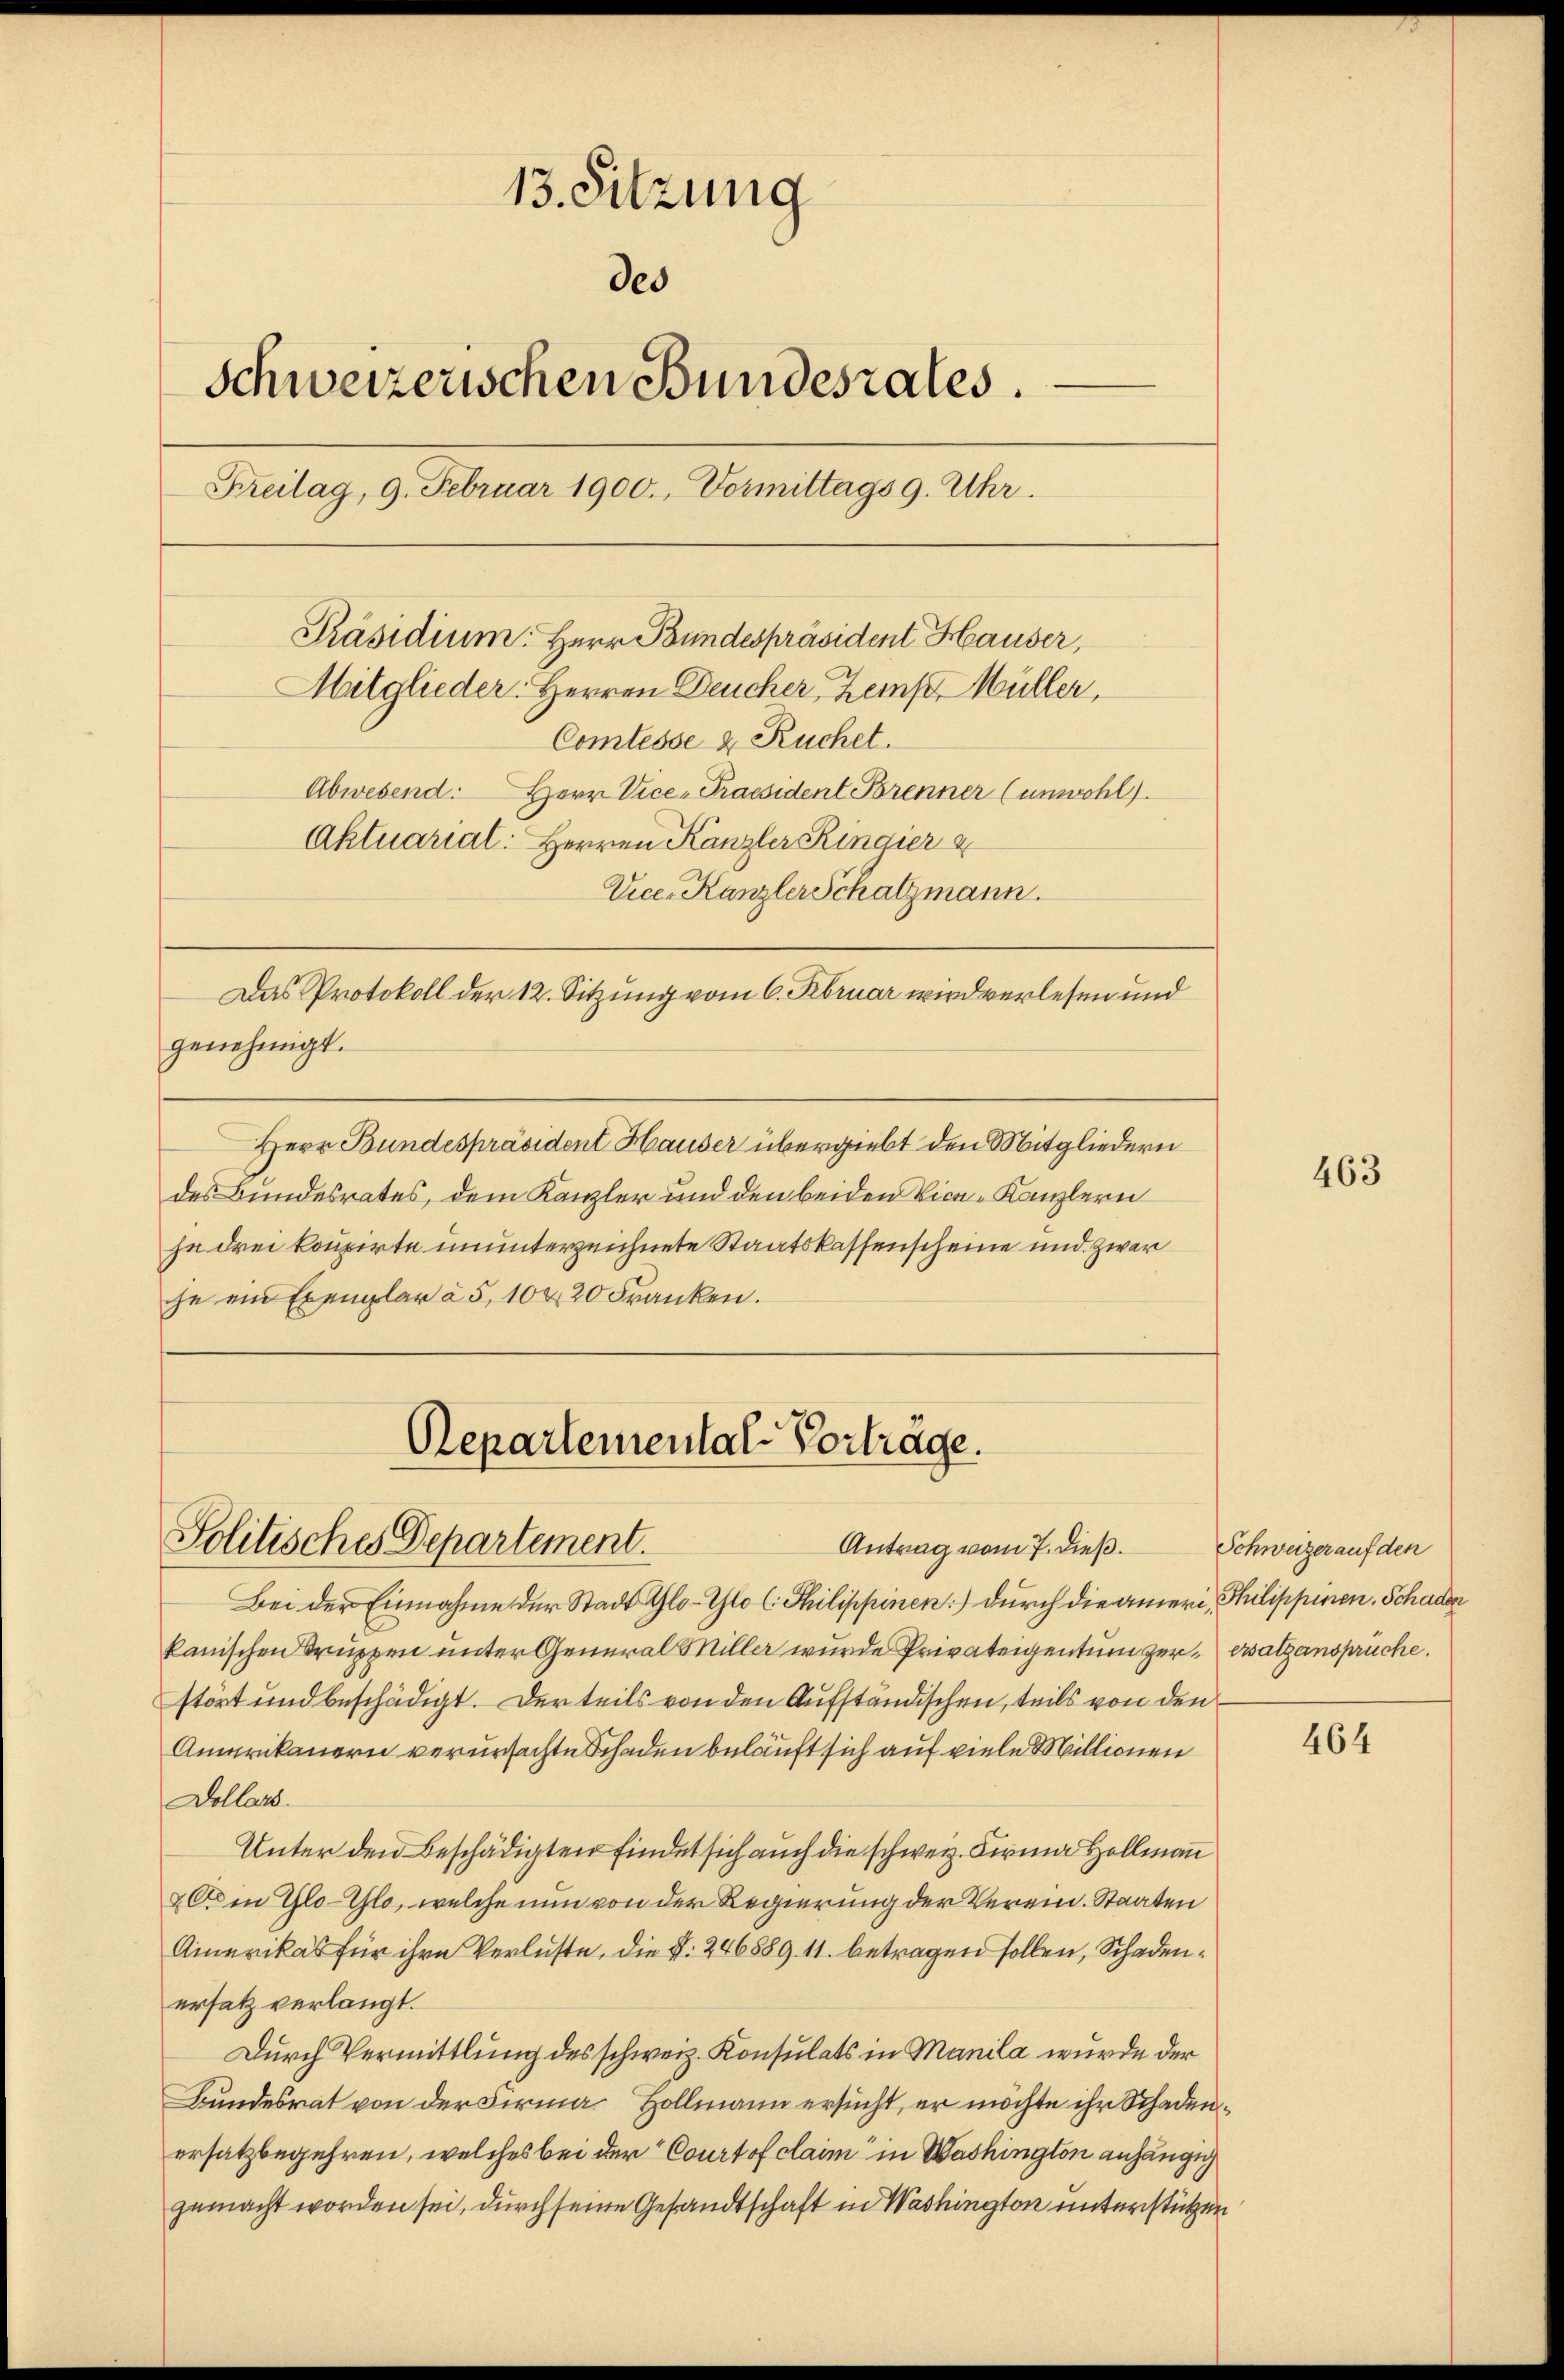
13. Sitzung
des
schweizerischen Bundesrates.
Freilag, 9. Februar 1900. Vormittags 9. Uhr.
Präsidium. Herr Bundespräsident Hauser,
Mitglieder. Herren Deucher Zemp, Müller,
Comtesse & Ruchet.
Abwesend: Herr Vice-Praesident Brenner (unwohl.
Aktuarial: Herren Kanzler Ringier
Vice-Kanzler Schatzmann.

genehmigt.
Herr Bundespräsident Hauser übergiebt den Mitgliedern
des Bundesrates, dem Kanzler und den beiden Vice-Kanzlern
he drei konzirte ununterzeichnete Staatskassenscheine und zwar
he ein Exemplar à 5, 10 & 20 Franken.

Bei der Einnahme der Stadt Glo-Glo C. Philippinen) durch die ameri, Philippinen, Schaden
kanischen Bruppen unter General Miller wurde Privateigentum zer- ersatzansprüche.
stört und beschädigt. Der teils von den Aufständischen, teils von den
Amerikanern verursachte Schaden beläuft sich auf viele Millionen
Dollars.
Unter den Beschädigten findet sich auch die schweiz. Firma Hollman
&C in Glo-Glo, welche nun von der Regierung der Verein. Staaten
Amerikas für ihre Verluste, die §. 246889. 11. betragen sollen, Schadenersatz verlangt.
Durch Vermittlung des schweiz. Konsulats in Manila wurde der
Bundesrat von der Firma Hollmann ersucht, er möchte ihr Schadenersatzbegehren, welches bei der Courtof claim in Washington anhängig
gemacht worden sei, durch seine Gesandtschaft in Washington unterstützen

Das Protokoll der 12. Sitzung vom 6. Februar wird verlesen und

Repartemental-Vorträge.
Politisches Departement.
Antrag vom 7. dieß. Schweizer auf den

463

464